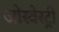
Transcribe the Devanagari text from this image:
ओस्वेस्ट्री